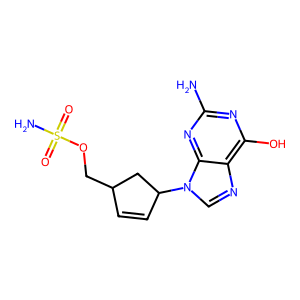
SMILES: Nc1nc(O)c2ncn(C3C=CC(COS(N)(=O)=O)C3)c2n1
Inhibits HIV replication: No